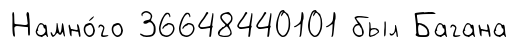
Намно́го 36648440101 был Багана